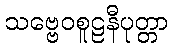
သဗ္ဗေဝစူဠနီပုတ္တာ